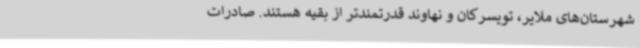
شهرستان‌های ملایر، تویسرکان و نهاوند قدرتمندتر از بقیه هستند. صادرات